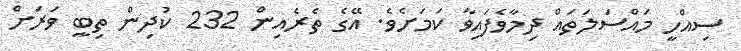
ސިއްހީ މައްސަލަަތައް ދިމާވެފައިވާ ކަމަށެވެ. އޭގެ ތެރެއިން 232 ކުދިން ތިބީ ވަރަށް